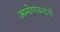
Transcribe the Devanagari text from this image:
आमोणकरांनी